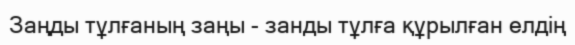
Заңды тұлғаның заңы - занды тұлға құрылған елдің